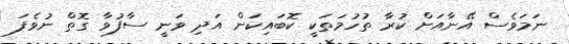
ނަމަވެސް އޭނާއަށް ކުރާ ތުހުމަތަކީ ކޮބައިކަން އަދި ވަނީ ސާފުވާ ގޮތް ނުވެފަ